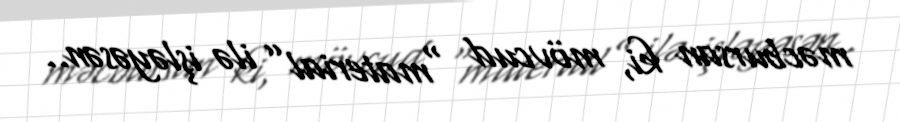
məcbursan ki, mövcud “material” ilə işləyəsən..